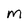
Character: M